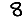
Digit: 8